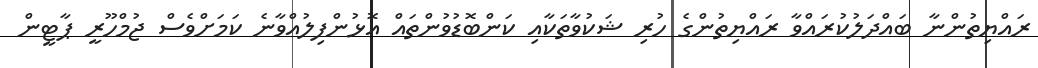
ރައްޔިތުންނާ ބައްދަލުކުރައްވާ ރައްޔިތުންގެ ހުރި ޝަކުވާތަކާއި ކަންބޮޑުވުންތައް އޮޅުންފިލުއްވާނެ ކަމަށްވެސް ޖުމްހޫރީ ޕާޓީން